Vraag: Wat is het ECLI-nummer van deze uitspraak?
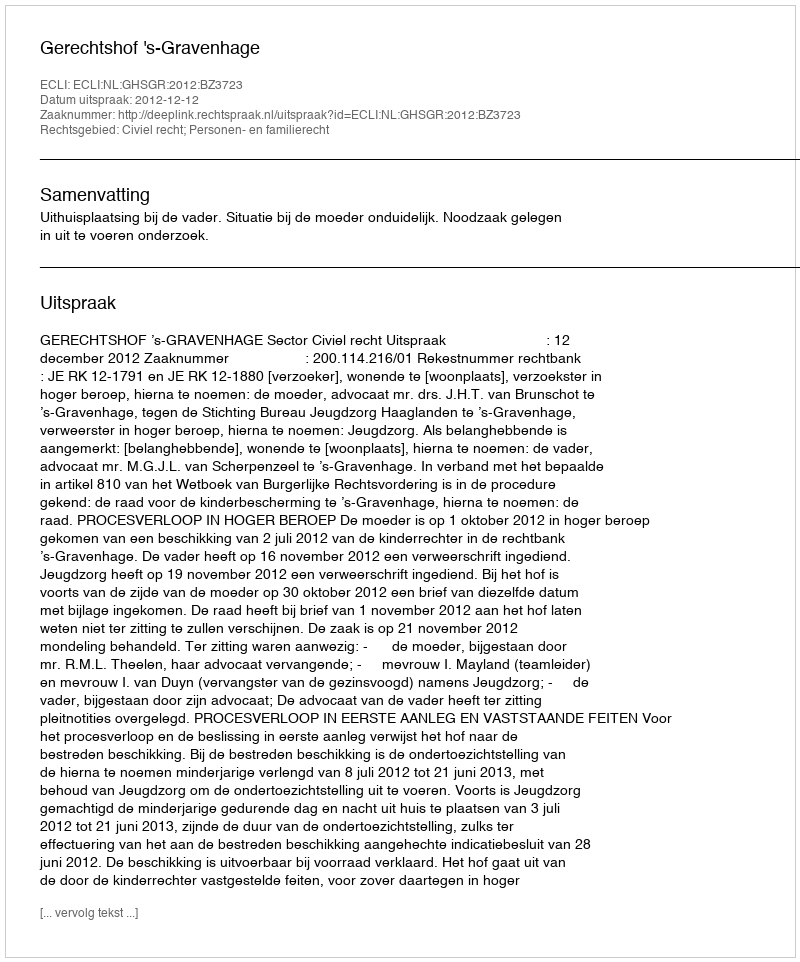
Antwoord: ECLI:NL:GHSGR:2012:BZ3723